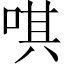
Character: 唭